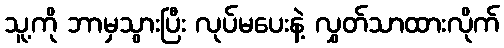
သူ့ကို ဘာမှသွားပြီး လုပ်မပေးနဲ့ လွှတ်သာထားလိုက်